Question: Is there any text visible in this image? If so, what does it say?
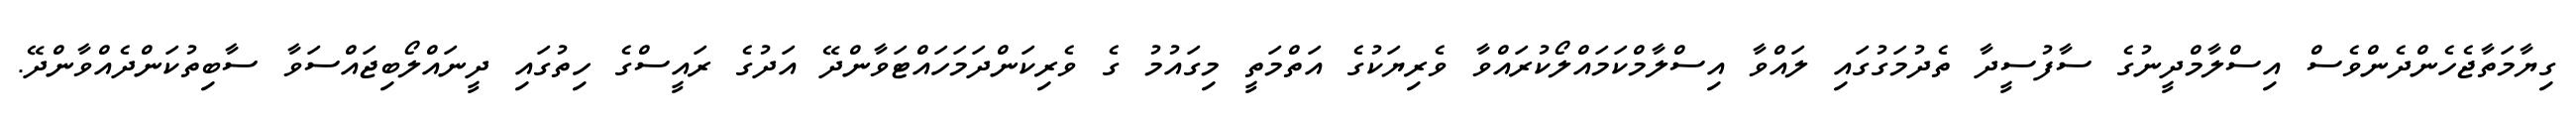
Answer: ގިޔާމަތާޖެހެންދެންވެސް އިސްލާމްދީނުގެ ސާފުސީދާ ތެދުމަގުގައި ލައްވާ އިސްލާމްކަމައްލޯކުރައްވާ ވެރިޔަކުގެ އަތްމަތީ މިގައުމު ގެ ވެރިކަންދަމަހައްޓަވާންދޭ އަދުގެ ރައީސްގެ ހިތުގައި ދީނައްލޯބިޖައްސަވާ ސާބިތުކަންދެއްވާންދޭ.